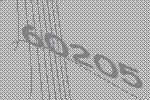
60205